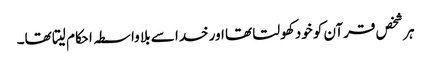
ہر شخص قرآن کو خود کھولتا تھا اور خدا سے بلا واسطہ احکام لیتا تھا۔